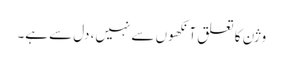
وژن کا تعلق آنکھوں سے نہیں، دل سے ہے۔